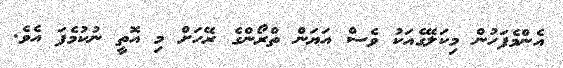
އެންމެފަހުން މިކަލޭގެއަކު ވެސް އަޔަން ތްރޯންގެ ރޭހަށް މި އޮތީ ނުކުމެފަ އެވެ.